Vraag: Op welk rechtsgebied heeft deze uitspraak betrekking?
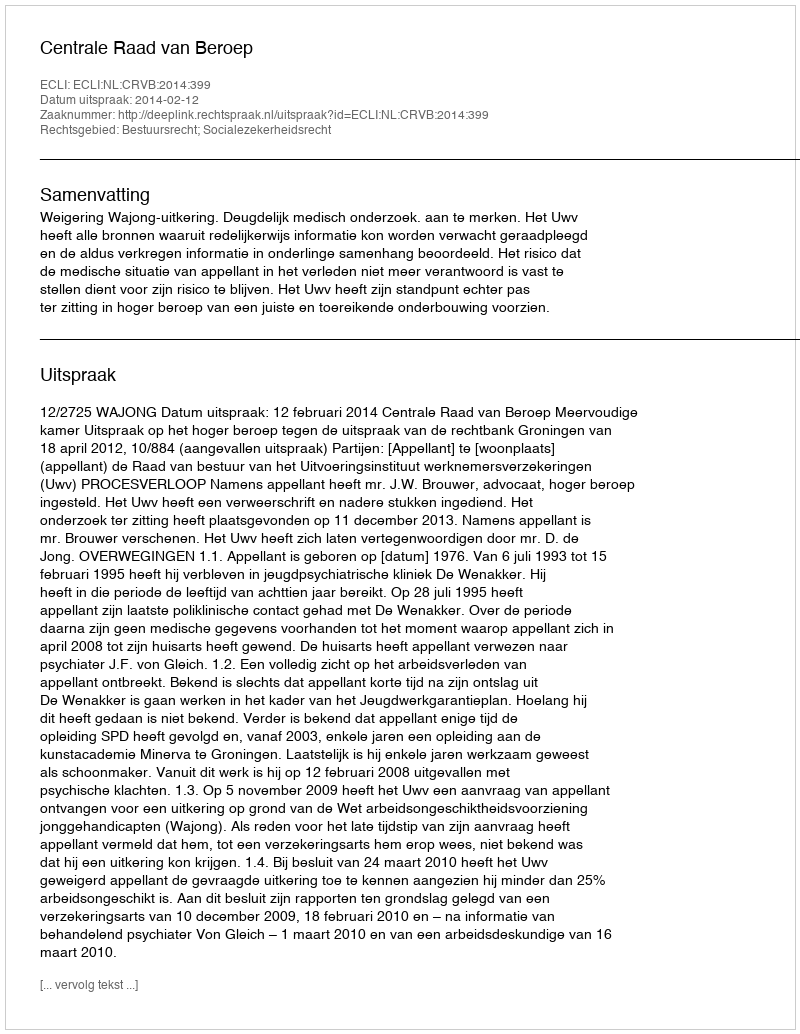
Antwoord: Bestuursrecht; Socialezekerheidsrecht